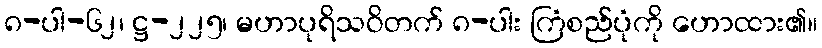
၈-ပါ-၆၂၊ ဋ္ဌ-၂၂၅၊ မဟာပုရိသဝိတက် ၈-ပါး ကြံစည်ပုံကို ဟောထား၏။